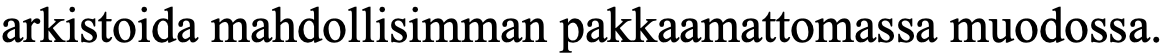
arkistoida mahdollisimman pakkaamattomassa muodossa.